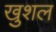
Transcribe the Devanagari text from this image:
खुशल